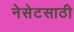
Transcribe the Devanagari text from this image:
नेसेटसाठी